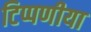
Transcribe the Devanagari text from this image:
टिप्पणीया